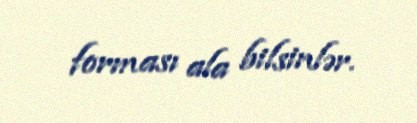
forması ala bilsinlər.